Indian Civil Veterinary Department memoirs
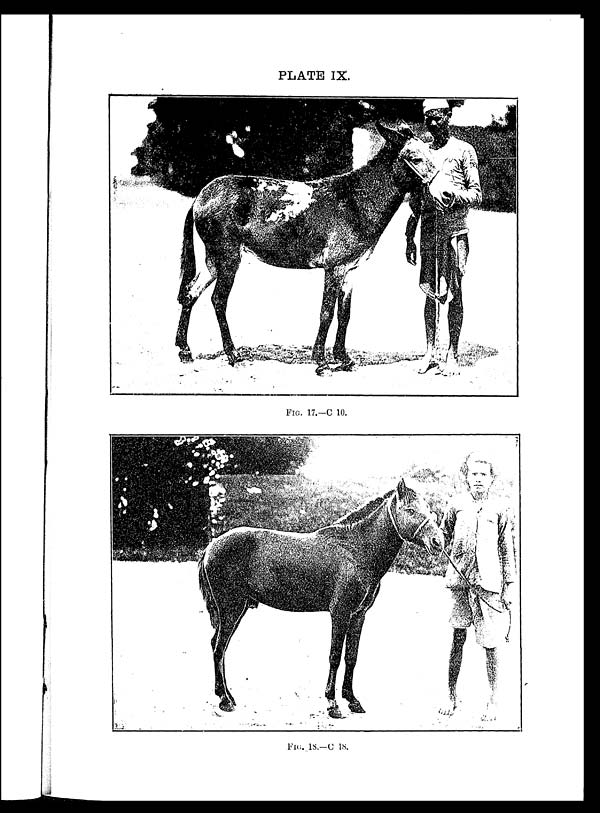
PLATE IX.
FIG. 17.—C 10.
FIG. 18.—C 18.